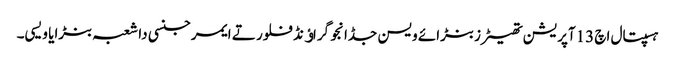
ہسپتال اچ 13آپریشن تھیٹرز بنڑائے ویسن جڈانجو گراﺅنڈ فلور تے ایمرجنسی دا شعبہ بنڑایا ویسی۔